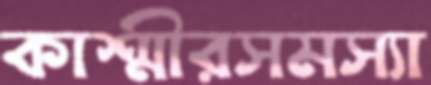
কাশ্মীরসমস্যা